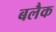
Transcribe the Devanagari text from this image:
बलैक